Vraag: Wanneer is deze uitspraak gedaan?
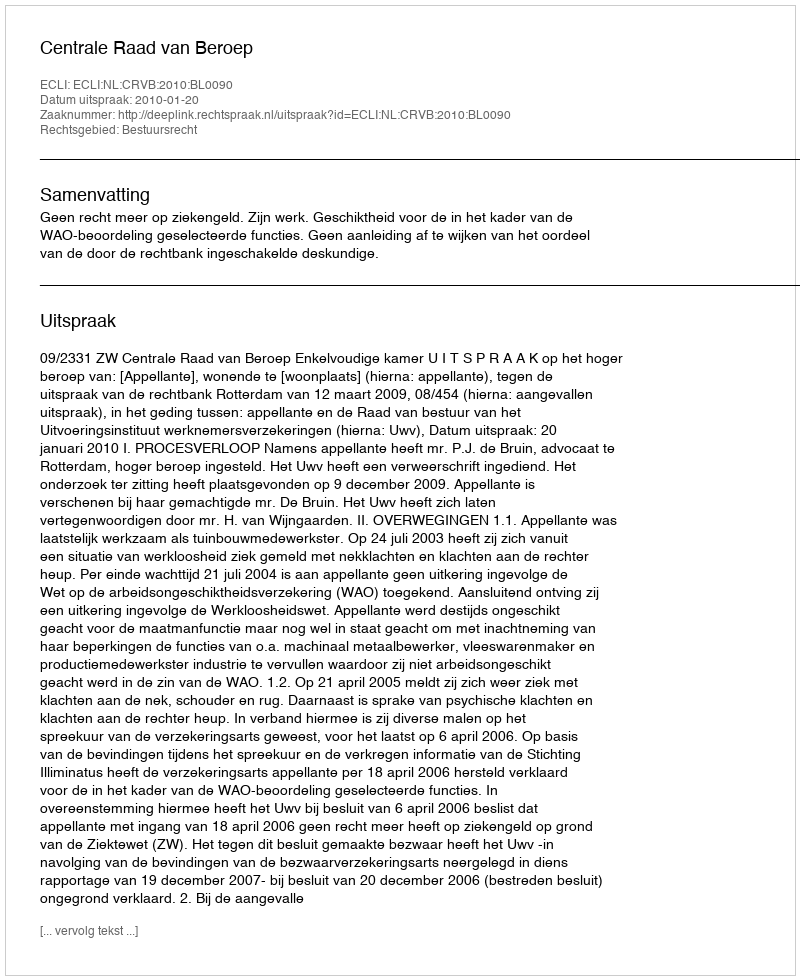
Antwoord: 2010-01-20